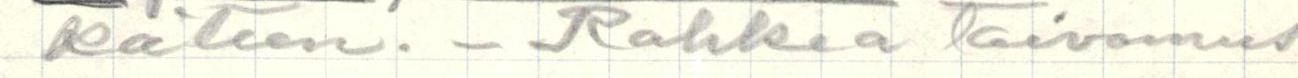
käteen. - Rohkea toivomus